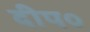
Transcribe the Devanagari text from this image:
दीप०